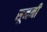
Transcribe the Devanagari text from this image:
सूननी